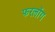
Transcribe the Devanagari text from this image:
फरलोंग